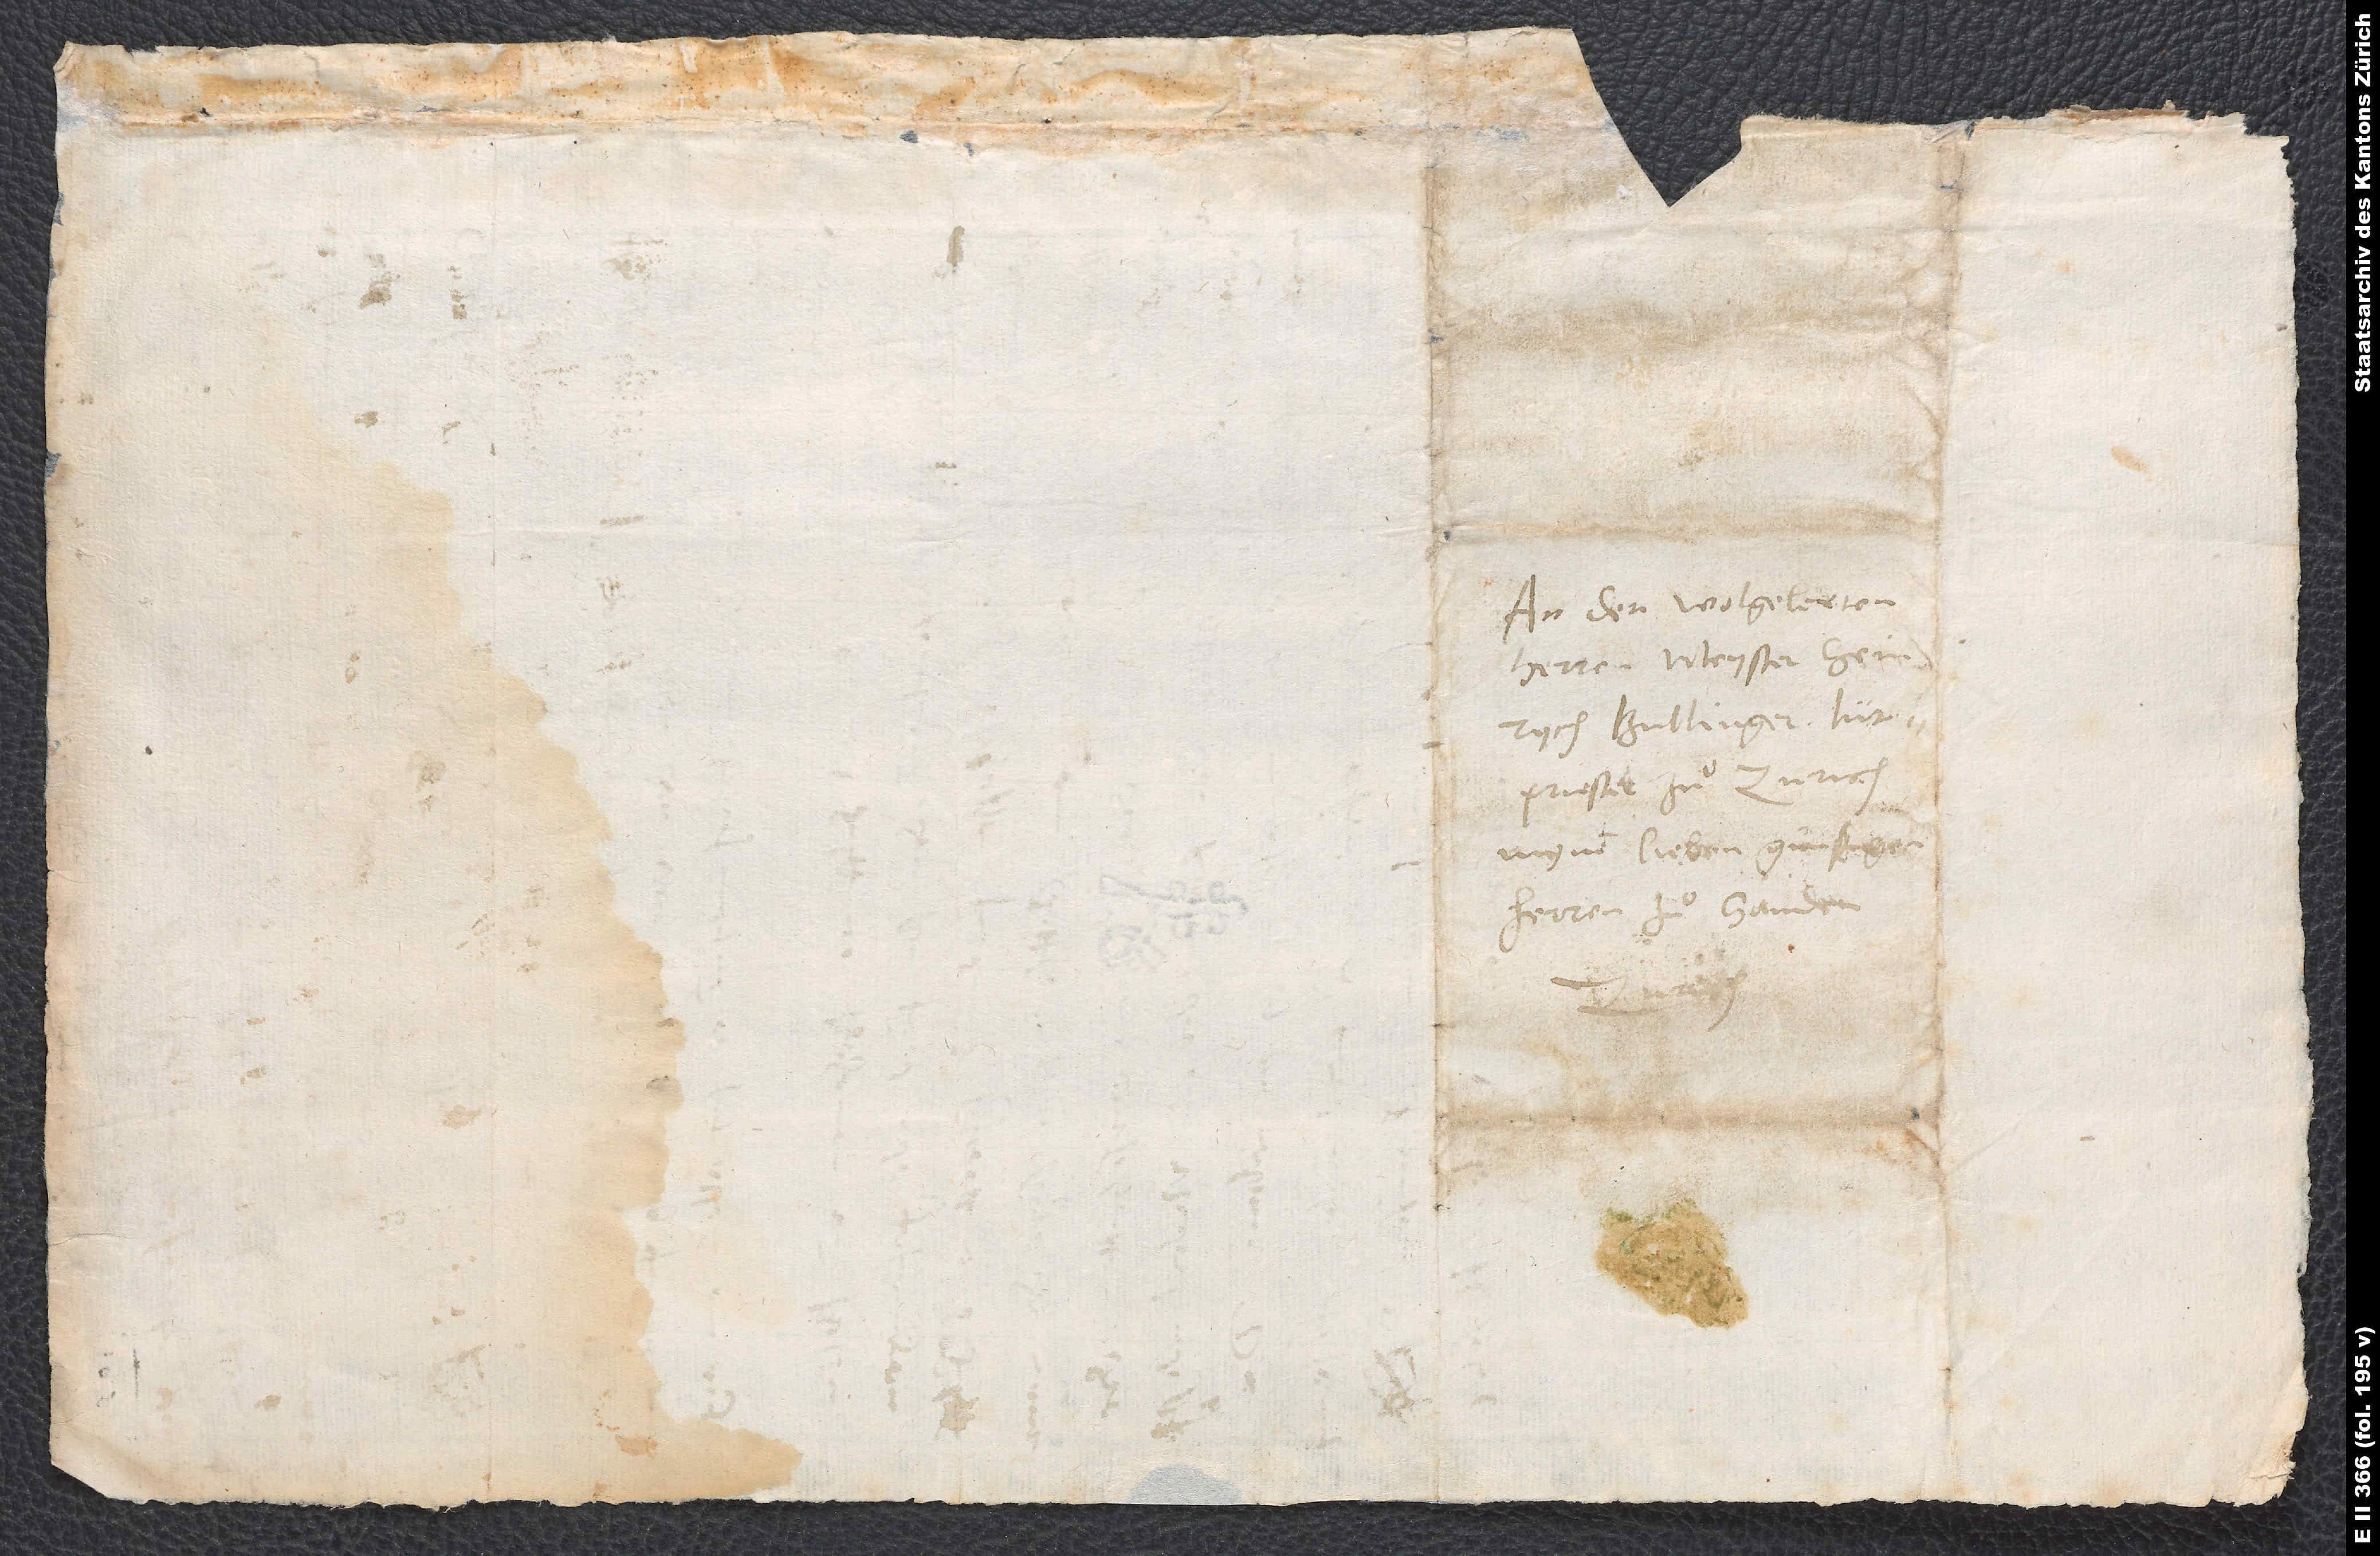
An den wolgelerten
herren Meyster Heinrych
Bullinger, lütpriester
mynem lieben, günstigen
herren, zuͦ handen.